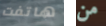
هاتفت من